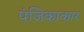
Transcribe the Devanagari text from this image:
पंजिकाकार